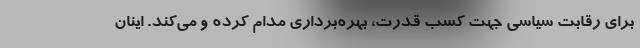
برای رقابت سیاسی جهت کسب قدرت، بهره‌برداری مدام کرده و می‌کند. اینان